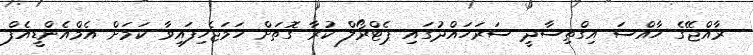
ރާއްޖޭގެ ހާއްސަ އިގްތިސާދީ ސަރަހައްދުގައި ޕެޓްރޯލް ކުރާ ގޮތަށް ހަމަޖެހިފައިވާ ކަމަށް އެމްއެންޑީއެފް